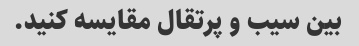
بین سیب و پرتقال مقایسه کنید.